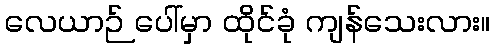
လေယာဉ် ပေါ်မှာ ထိုင်ခုံ ကျန်သေးလား။